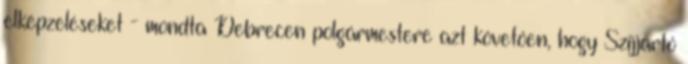
elképzeléseket - mondta Debrecen polgármestere azt követően, hogy Szijjártó